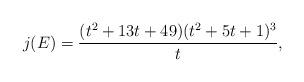
LaTeX: \begin{align*}j(E) = \frac{(t^2+13t+49)(t^2+5t+1)^3}{t},\end{align*}